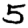
Digit: 5